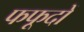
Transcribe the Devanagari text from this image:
फफूदों